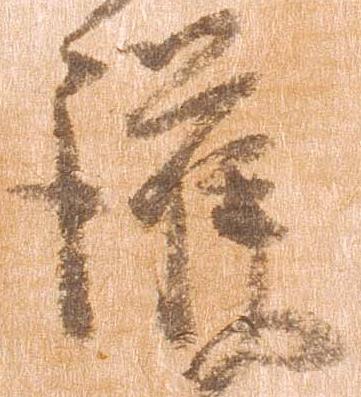
護